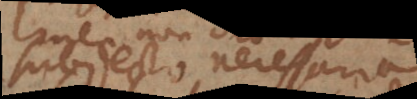
subjecto necessaria,